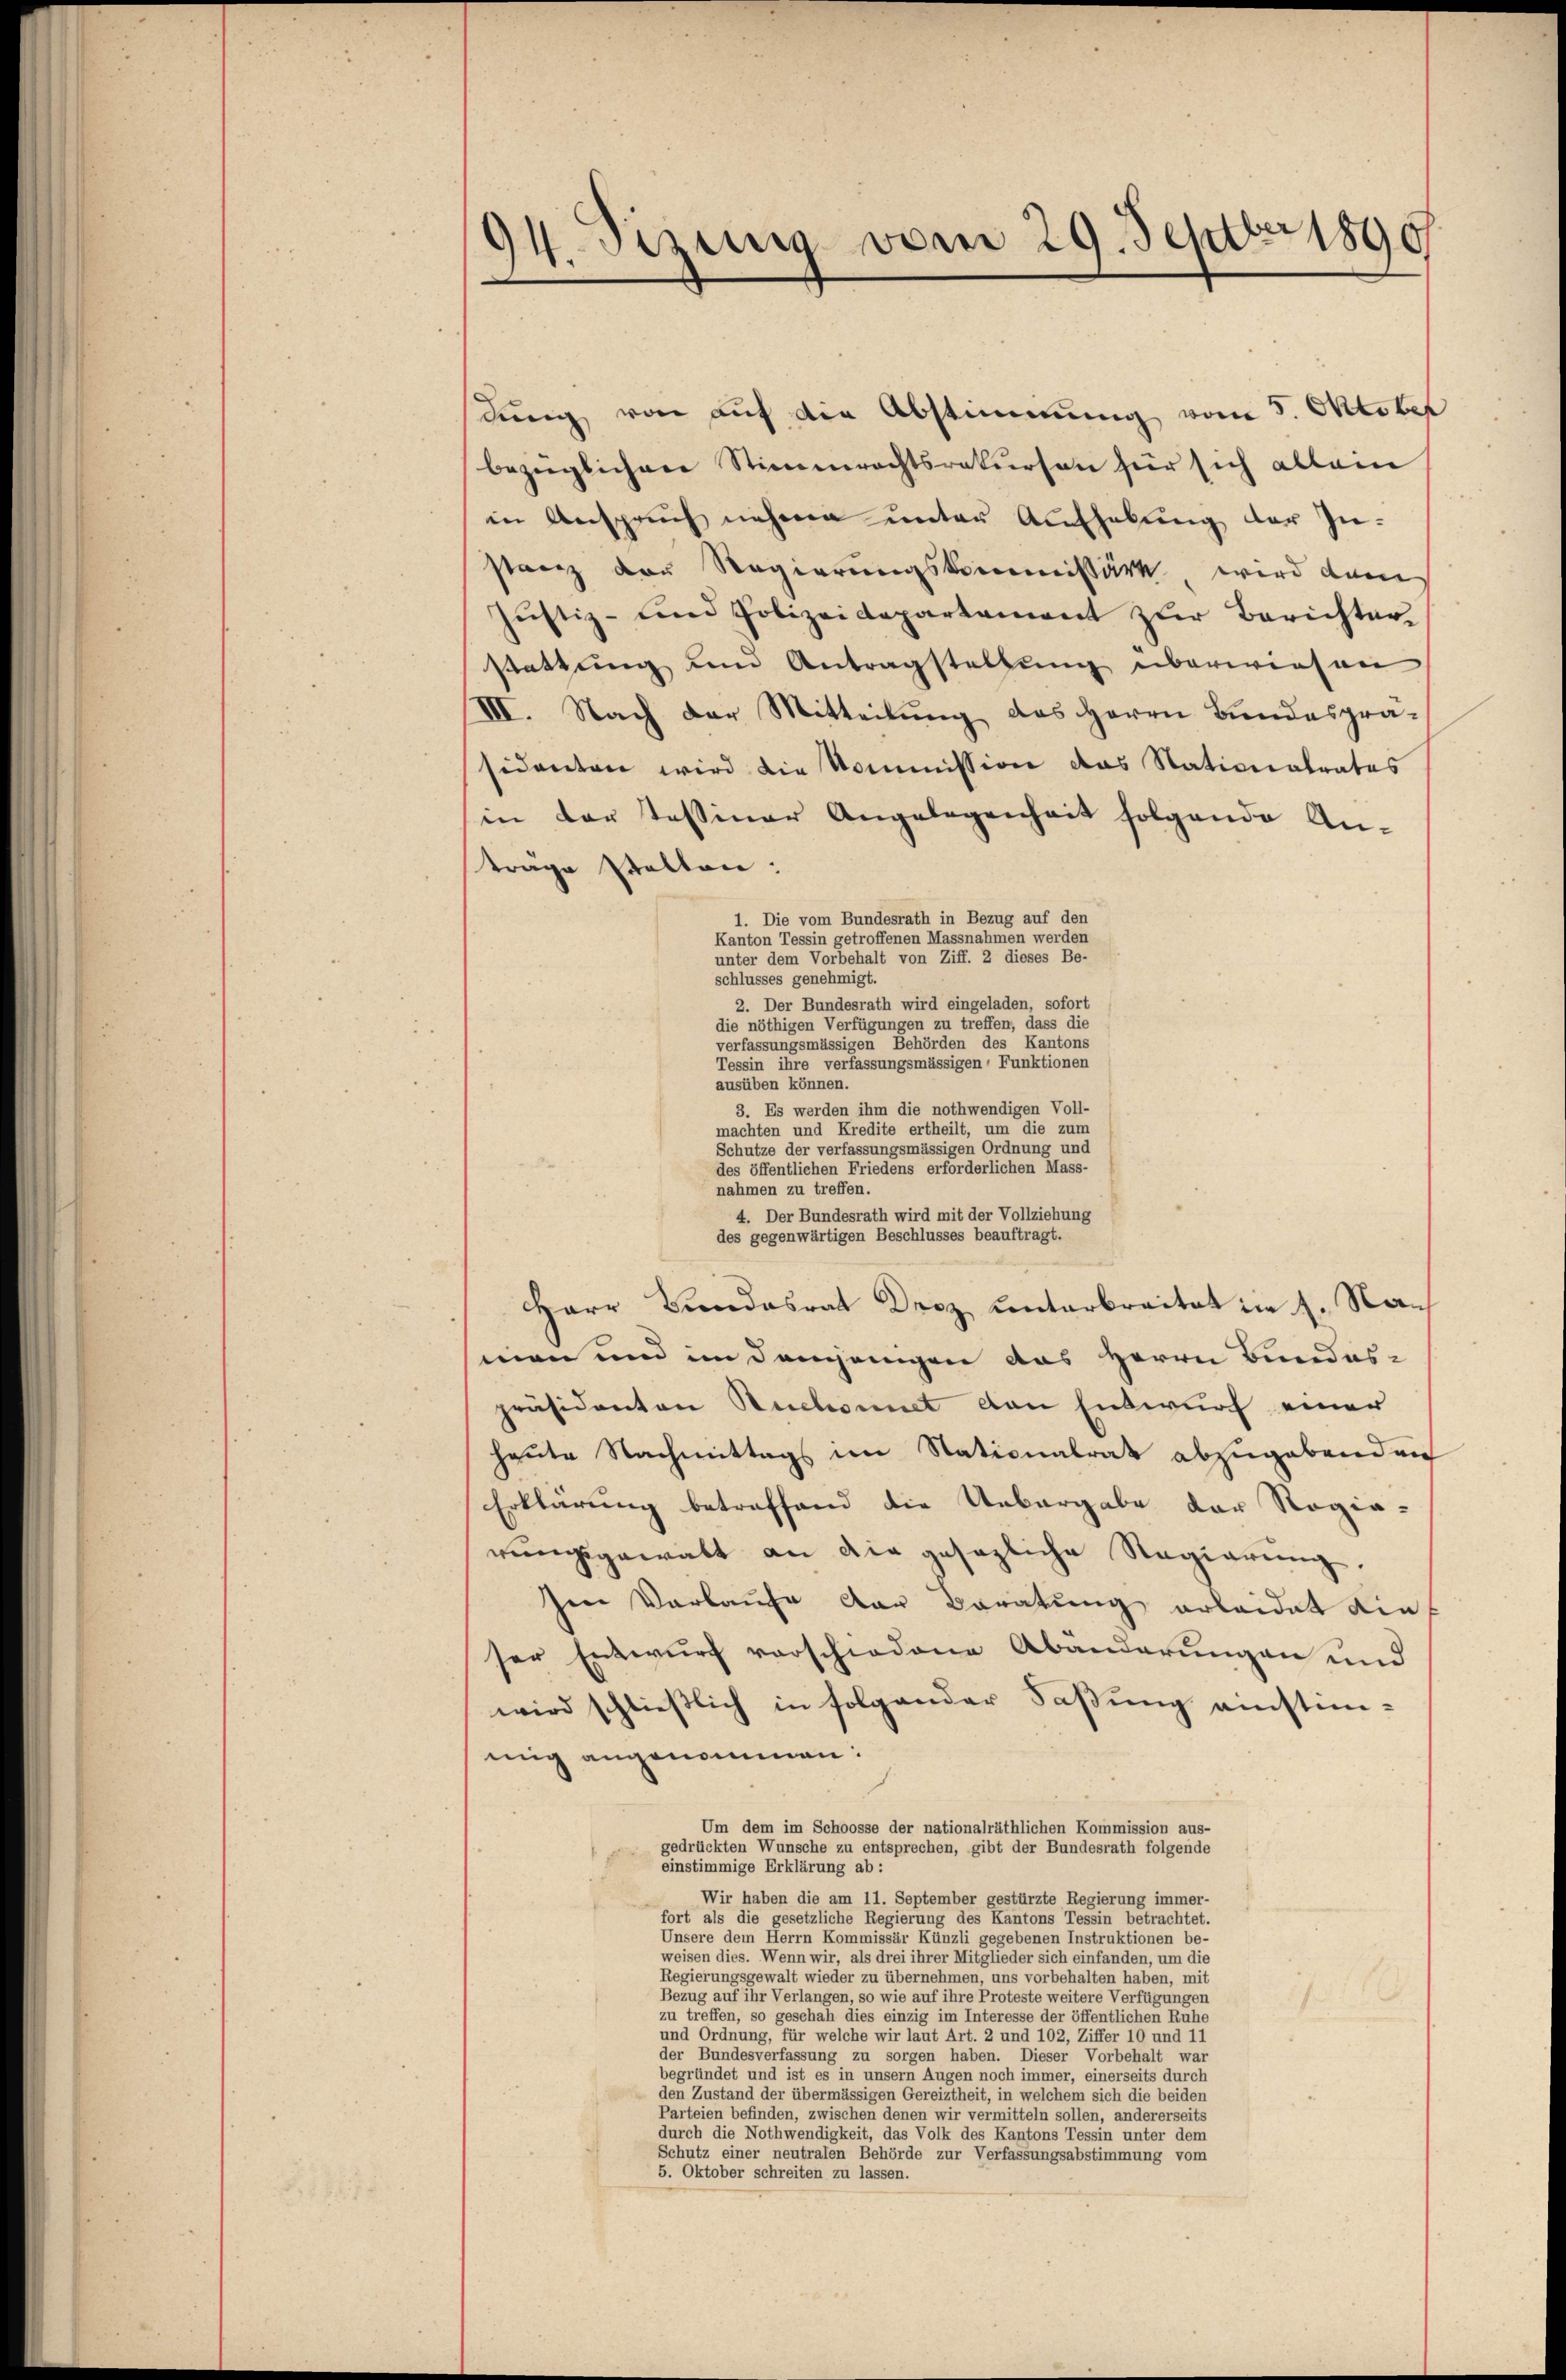
dung von auf die Abstimmung vom 5. Oktober
bezüglichere Stimmrechtsrekurson für sich allein
in Anspruch nehme unter Aufhebung der Zu-
stanz der Regierungskommissärk, wird dem
Justiz- und Polizeidepartement zur Berichterstattung um Antragstellung überwiesen
III. Nach der Mitteilung des Herrn Bundesprä-
sidenten wird die Kommission das Nationalrates
in der Tessiner Angelegenheit folgende An-
träge Stellen:
1. Die vom Bundesrath in Bezug auf den
Kanton Tessin getroffenen Massnahmen werden
unter dem Vorbehalt von Ziff. 2 dieses Be-
schlusses genehmigt.
2. Der Bundesrath wird eingeladen, sofort
die nöthigen Verfügungen zu treffen, dass die
verfassungsmässigen Behörden des Kantons
Tessin ihre verfassungsmässigen Funktionen
ausüben können.
3. Es werden ihm die nothwendigen Voll-
machten und Kredite ertheilt, um die zum
Schutze der verfassungsmässigen Ordnung und
des öffentlichen Friedens erforderlichen Mass-
nahmen zu treffen.
4. Der Bundesrath wird mit der Vollziehung
des gegenwärtigen Beschlusses beauftragt.
Barr Bundesrat Droz Centerbreitet in 1. Nach
men und im Donnengen das Herrn Bundes-
präsidenten Stuckomnet den Entwurf einer
heute Nachmittags im Stationalrat abzugebenden
Erklärung betreffend die Uebergabe der Rogia-
rŭngsgewalt an die gesezliche Regierŭng.
ten Verkaufe der Beratung erleidet die
ser Entwurf vorschiedene Abänderungen und
wird schließlich in folgender Faßung einstim-
mig angenommen:
Um dem im Schoosse der nationalräthlichen Kommission aus-
gedrückten Wunsche zu entsprechen, gibt der Bundesrath folgende
einstimmige Erklärung ab:
Wir haben die am 11. September gestürzte Regierung immer-
fort als die gesetzliche Regierung des Kantons Tessin betrachtet.
Unsere dem Herrn Kommissär Künzli gegebenen Instruktionen be-
weisen dies. Wenn wir, als drei ihrer Mitglieder sich einfanden, um die
Regierungsgewalt wieder zu übernehmen, uns vorbehalten haben, mit
Bezug auf ihr Verlangen, so wie auf ihre Proteste weitere Verfügungen
zu treffen, so geschah dies einzig im Interesse der öffentlichen Ruhe
und Ordnung, für welche wir laut Art. 2 und 102, Ziffer 10 und 11
der Bundesverfassung zu sorgen haben. Dieser Vorbehalt war
begründet und ist es in unsern Augen noch immer, einerseits durch
den Zustand der übermässigen Gereiztheit, in welchem sich die beiden
Parteien befinden, zwischen denen wir vermitteln sollen, andererseits
durch die Nothwendigkeit, das Volk des Kantons Tessin unter dem
Schutz einer neutralen Behörde zur Verfassungsabstimmung vom
5. Oktober schreiten zu lassen.

94. Sitzung vom 29. Septbr 1890